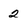
Character: 2